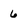
Character: 6